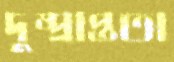
দুষ্প্রাপ্ততা